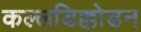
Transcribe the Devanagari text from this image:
कल्लडिक्कोडन